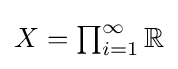
{\textstyle X=\prod _{i=1}^{\infty }\mathbb {R} }